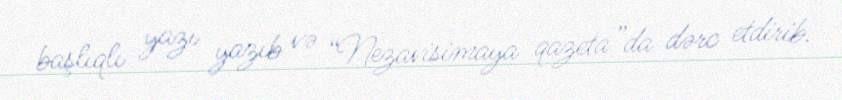
başlıqlı yazı yazıb və “Nezavisimaya qazeta”da dərc etdirib.